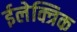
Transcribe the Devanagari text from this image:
ईलेक्त्रिक